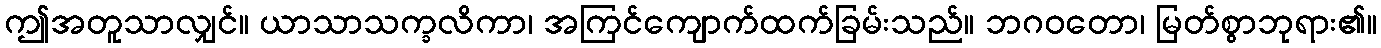
ဤအတူသာလျှင်။ ယာသာသက္ခလိကာ၊ အကြင်ကျောက်ထက်ခြမ်းသည်။ ဘဂဝတော၊ မြတ်စွာဘုရား၏။